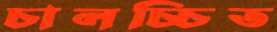
চালচ্চিত